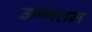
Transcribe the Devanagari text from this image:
ऊष्णतम